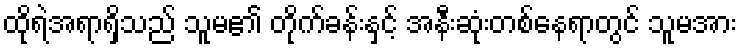
ထိုရဲအရာရှိသည် သူမ၏ တိုက်ခန်းနှင့် အနီးဆုံးတစ်နေရာတွင် သူမအား